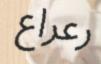
رعراع